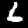
Digit: 6